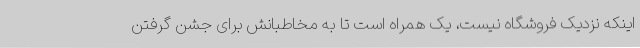
اینکه نزدیک فروشگاه نیست، یک همراه است تا به مخاطبانش برای جشن گرفتن